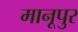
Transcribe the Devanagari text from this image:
मानूपुर